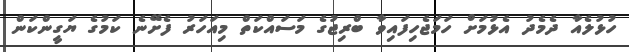
ހުޅުލެއާ ދެމެދު އެޅުމަށް ހަމަޖެހިފައިވާ ބްރިޖުގެ މަސައްކަތް މިއަހަރު ފެށޭނެ ކަމުގެ ޔަގީންކަން